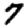
Digit: 7